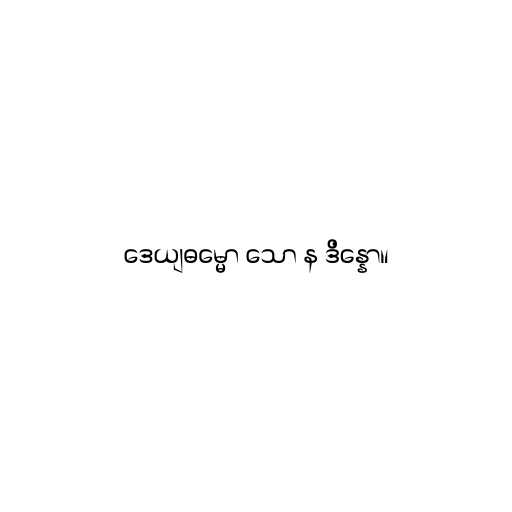
ဒေယျဓမ္မော သော န ဒိန္နော။